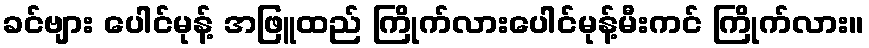
ခင်ဗျား ပေါင်မုန့် အဖြူထည် ကြိုက်လားပေါင်မုန့်မီးကင် ကြိုက်လား။